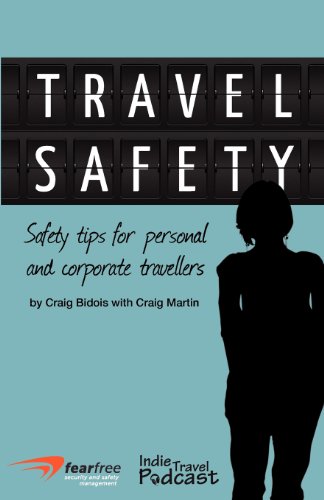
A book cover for Travel Safety: Safety Tips For Personal And Corporate Travellers; Craig Bidois; Travel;